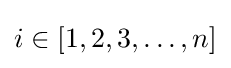
i\in [1,2,3,\dots ,n]